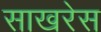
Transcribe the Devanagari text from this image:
साखरेस